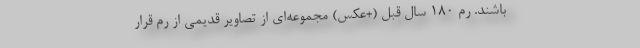
باشند. رم 180 سال قبل (+عکس) مجموعه‌ای از تصاویر قدیمی از رم قرار